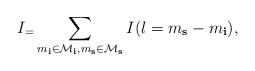
LaTeX: \begin{align*}I_ = \sum_{m_\textbf{i}\in\mathcal{M}_\textbf{i},m_\textbf{s}\in\mathcal{M}_\textbf{s}}I(l = m_\textbf{s}-m_\textbf{i}), \end{align*}